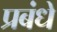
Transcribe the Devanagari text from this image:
प्रबंधे